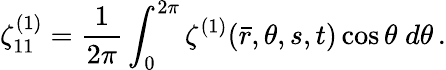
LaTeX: \zeta_{11}^{(1)}=\frac{1}{2\pi}\int_{0}^{2\pi}\zeta^{(1)}(\bar{r},\theta,s,t)\cos\theta\; d\theta\, .